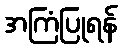
အကြံပြုရန်